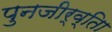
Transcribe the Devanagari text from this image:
पुनजीर्व्ताि